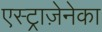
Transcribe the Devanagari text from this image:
एस्ट्राज़ेनेका